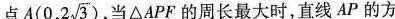
点 A(0,2 \sqrt{3})，当△APF的周长最大时，直线AP的方